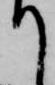
て